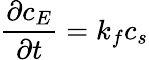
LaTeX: \frac{{\partial c_{E}}}{{\partial t}}=k_{f}c_{s}